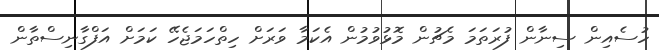
ހުސެއިން ސިނާން ފުރަތަމަ މެޗުން މޮޅުވުމުން އެކަމާ ވަރަށް ހިތްހަމަޖެހޭ ކަމަށް އަފްގާނިސްތާން